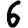
Digit: 6